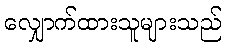
လျှောက်ထားသူများသည်